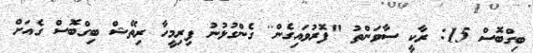
ބިގްބޮސް 15: ރާކީ ސާވަންތު "ފޮރުވައިގެން'' ގެންގުޅުނު ފިރިމީހާ ރިތޭޝް ބިގްބޮސް ގެއަށް